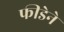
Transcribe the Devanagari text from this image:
फीडेने